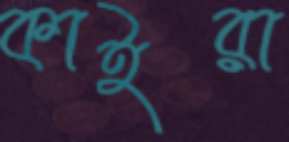
কাইরা